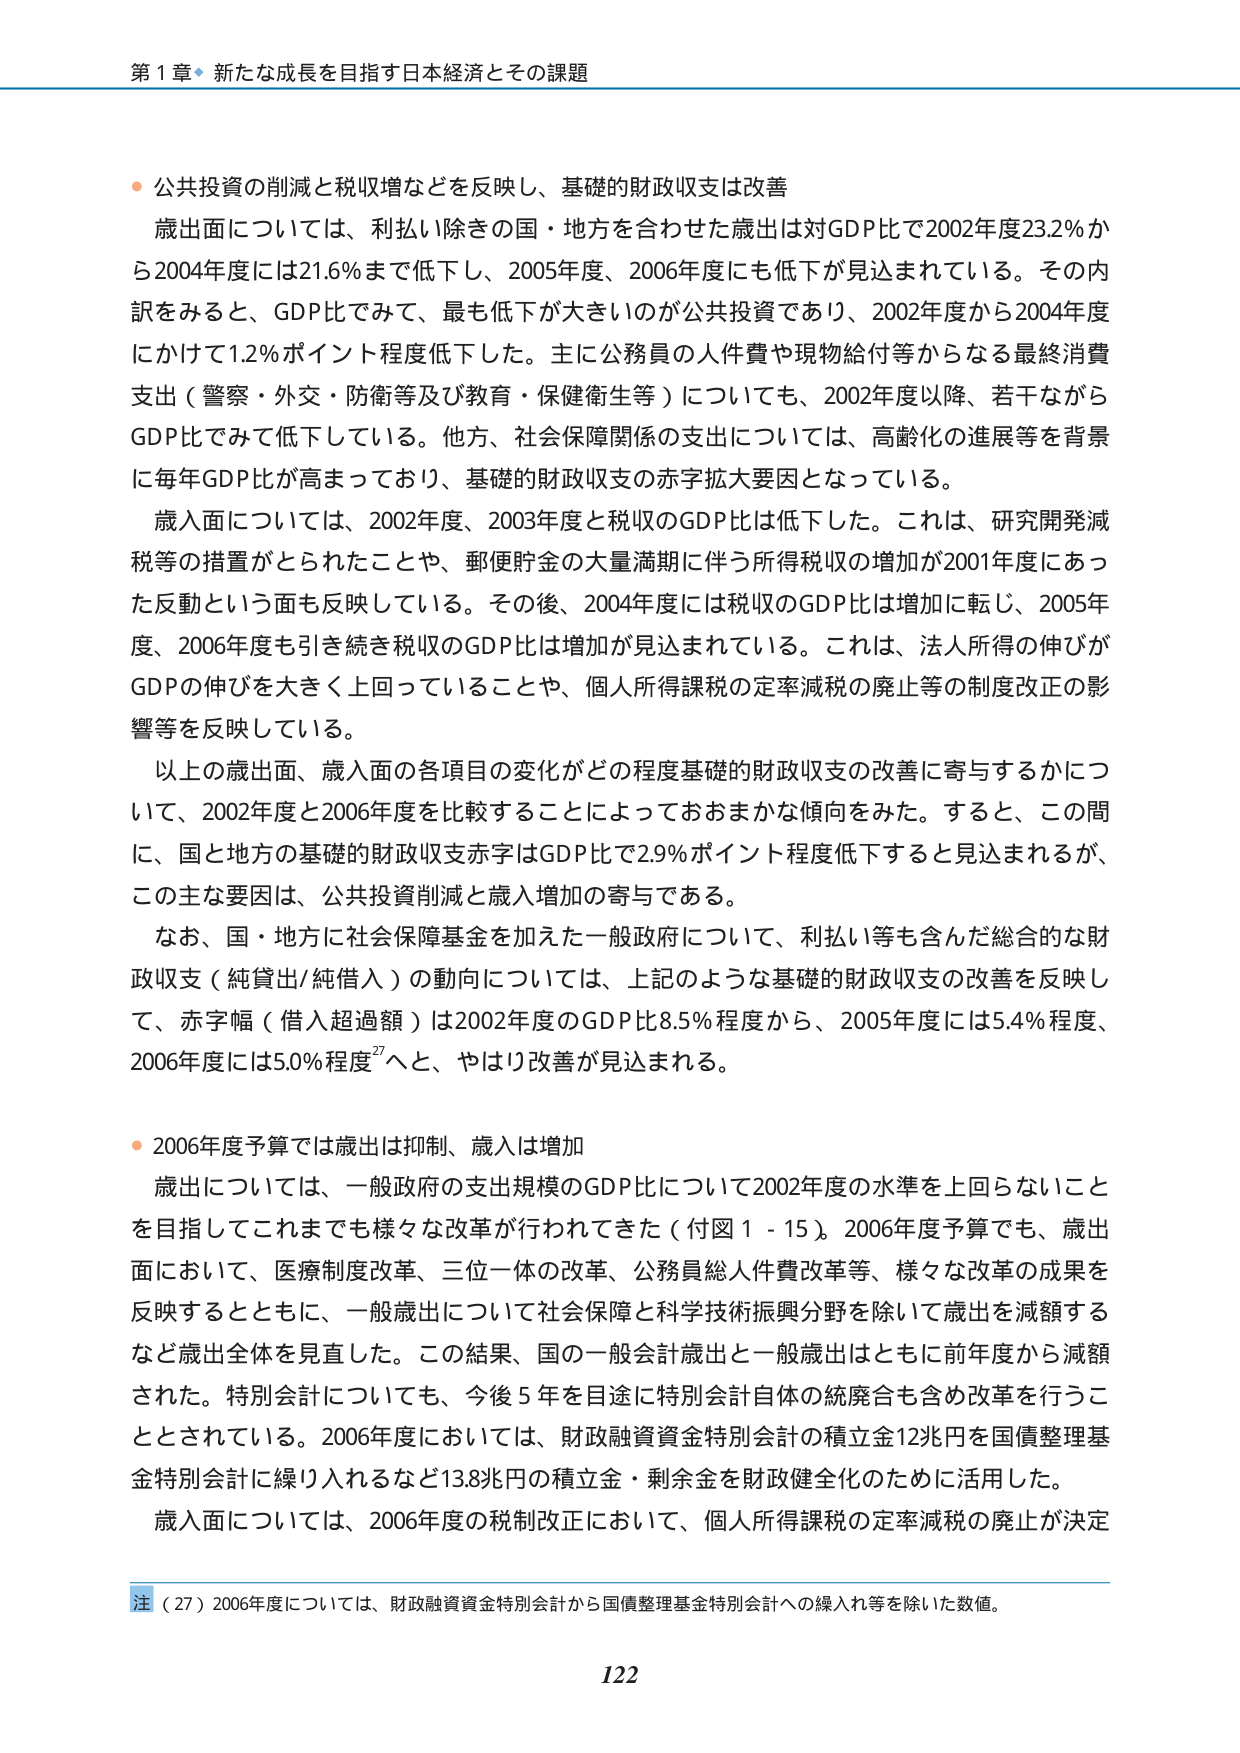
第１章 新たな成長を目指す日本経済とその課題

● 公共投資の削減と税収増などを反映し、基礎的財政収支は改善

歳出面については、利払い除きの国・地方を合わせた歳出は対GDP比で2002年度23.2％から2004年度には21.6％まで低下し、2005年度、2006年度にも低下が見込まれている。その内訳をみると、GDP比でみて、最も低下が大きいのが公共投資であり、2002年度から2004年度にかけて1.2％ポイント程度低下した。主に公務員の人件費や現物給付等からなる最終消費支出（警察・外交・防衛等及び教育・保健衛生等）についても、2002年度以降、若干ながらGDP比でみて低下している。他方、社会保障関係の支出については、高齢化の進展等を背景に毎年GDP比が高まっており、基礎的財政収支の赤字拡大要因となっている。

歳入面については、2002年度、2003年度と税収のGDP比は低下した。これは、研究開発減税等の措置がとられたことや、郵便貯金の大量満期に伴う所得税収の増加が2001年度にあった反動という面も反映している。その後、2004年度には税収のGDP比は増加に転じ、2005年度、2006年度も引き続き税収のGDP比は増加が見込まれている。これは、法人所得の伸びがGDPの伸びを大きく上回っていることや、個人所得課税の定率減税の廃止等の制度改正の影響等を反映している。

以上の歳出面、歳入面の各項目の変化がどの程度基礎的財政収支の改善に寄与するかについて、2002年度と2006年度を比較することによっておおまかな傾向をみた。すると、この間に、国と地方の基礎的財政収支赤字はGDP比で2.9％ポイント程度低下すると見込まれるが、この主な要因は、公共投資削減と歳入増加の寄与である。

なお、国・地方に社会保障基金を加えた一般政府について、利払い等も含んだ総合的な財政収支（純貸出/純借入）の動向については、上記のような基礎的財政収支の改善を反映して、赤字幅（借入超過額）は2002年度のGDP比8.5％程度から、2005年度には5.4％程度、2006年度には5.0％程度27へと、やはり改善が見込まれる。

● 2006年度予算では歳出は抑制、歳入は増加

歳出については、一般政府の支出規模のGDP比について2002年度の水準を上回らないことを目指してこれまでにも様々な改革が行われてきた（付図1-15）。2006年度予算でも、歳出面において、医療制度改革、三位一体の改革、公務員総人件費改革等、様々な改革の成果を反映するとともに、一般歳出について社会保障と科学技術振興分野を除いて歳出を減額するなど歳出全体を見直した。この結果、国の一般会計歳出と一般歳出はともに前年度から減額された。特別会計についても、今後5年を目途に特別会計自体の統廃合も含め改革を行うこととされている。2006年度においては、財政融資資金特別会計の積立金12兆円を国債整理基金特別会計に繰り入れるなど13.8兆円の積立金・剰余金を財政健全化のために活用した。

歳入面については、2006年度の税制改正において、個人所得課税の定率減税の廃止が決定

注（27）2006年度については、財政融資資金特別会計から国債整理基金特別会計への繰入れ等を除いた数値。

122